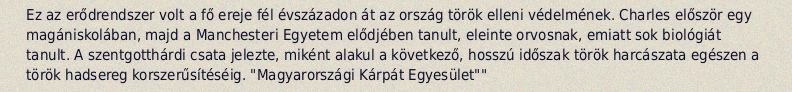
Ez az erődrendszer volt a fő ereje fél évszázadon át az ország török elleni védelmének. Charles először egy magániskolában, majd a Manchesteri Egyetem elődjében tanult, eleinte orvosnak, emiatt sok biológiát tanult. A szentgotthárdi csata jelezte, miként alakul a következő, hosszú időszak török harcászata egészen a török hadsereg korszerűsítéséig. "Magyarországi Kárpát Egyesület""